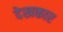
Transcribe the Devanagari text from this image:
देखकार